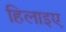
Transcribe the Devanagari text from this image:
हिलाइए